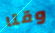
وقتا